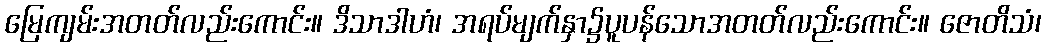
မြေကျမ်းအတတ်လည်းကောင်း။ ဒိသာဒါဟံ၊ အရပ်မျက်နှာ၌ပူပန်သောအတတ်လည်းကောင်း။ ဇောတိသံ၊